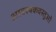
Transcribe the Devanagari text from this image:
आवश्यकवस्तुओं